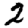
Digit: 2